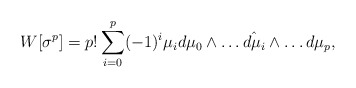
\begin{align*}W[\sigma^p]=p!\sum^p_{i=0}(-1)^i\mu_i d\mu_0\wedge\dots\hat{d\mu_i}\wedge\dots d\mu_p,\end{align*}